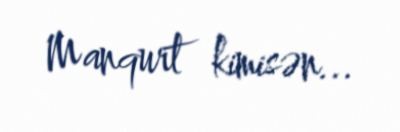
Manqurt kimisən...